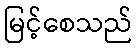
မြင့်စေသည်